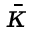
\bar { \kappa }